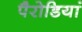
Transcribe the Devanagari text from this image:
पैरोडियां